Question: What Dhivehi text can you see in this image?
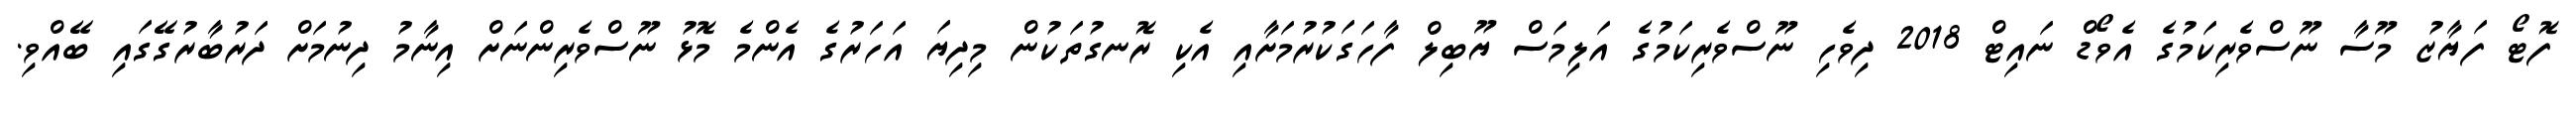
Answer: ފޮޓޯ ފަޔާޒު މޫސާ ނޫސްވެރިކަމުގެ އެވޯޑް ނައިޓް 2018 ދިވެހި ނޫސްވެރިކަމުގެ އަލިމަސް ޔޫބިލް ފާހަގަކުރުމަށާއި އެކި ރޮނގުތަކުން މިދިޔަ އަހަރުގެ އެންމެ މޮޅު ނޫސްވެރިންނަށް އިނާމު ދިނުމަށް ދަރުބާރުގޭގައި ބޭއްވި.